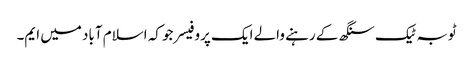
ٹوبہ ٹیک سنگھ کے رہنے والے ایک پروفیسر جو کہ اسلام آباد میں ایم۔